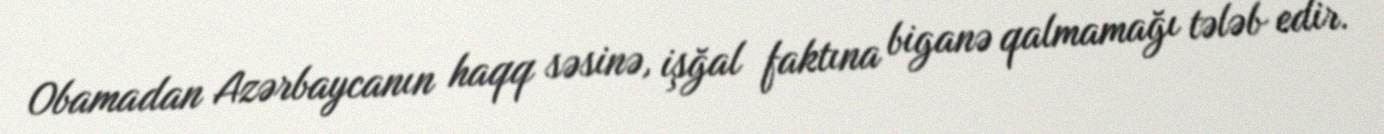
Obamadan Azərbaycanın haqq səsinə, işğal faktına biganə qalmamağı tələb edir.